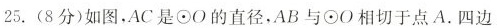
25.(8分)如图，AC是⊙O的直径，AB与⊙O相切于点A.四边